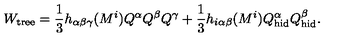
W _ { \mathrm { t r e e } } = { \frac { 1 } { 3 } } h _ { \alpha \beta \gamma } ( M ^ { i } ) Q ^ { \alpha } Q ^ { \beta } Q ^ { \gamma } + { \frac { 1 } { 3 } } h _ { i \alpha \beta } ( M ^ { i } ) Q _ { \mathrm { h i d } } ^ { \alpha } Q _ { \mathrm { h i d } } ^ { \beta } .